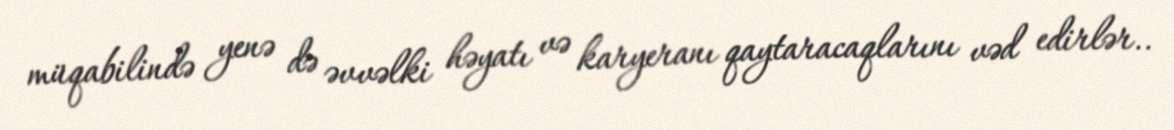
müqabilində yenə də əvvəlki həyatı və karyeranı qaytaracaqlarını vəd edirlər..